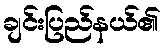
ချင်းပြည်နယ်၏